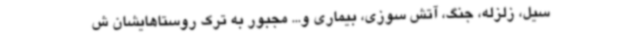
سیل، زلزله، جنگ، آتش سوزی، بیماری و... مجبور به ترک روستاهایشان ش